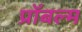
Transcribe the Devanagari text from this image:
प्रॉबल्म